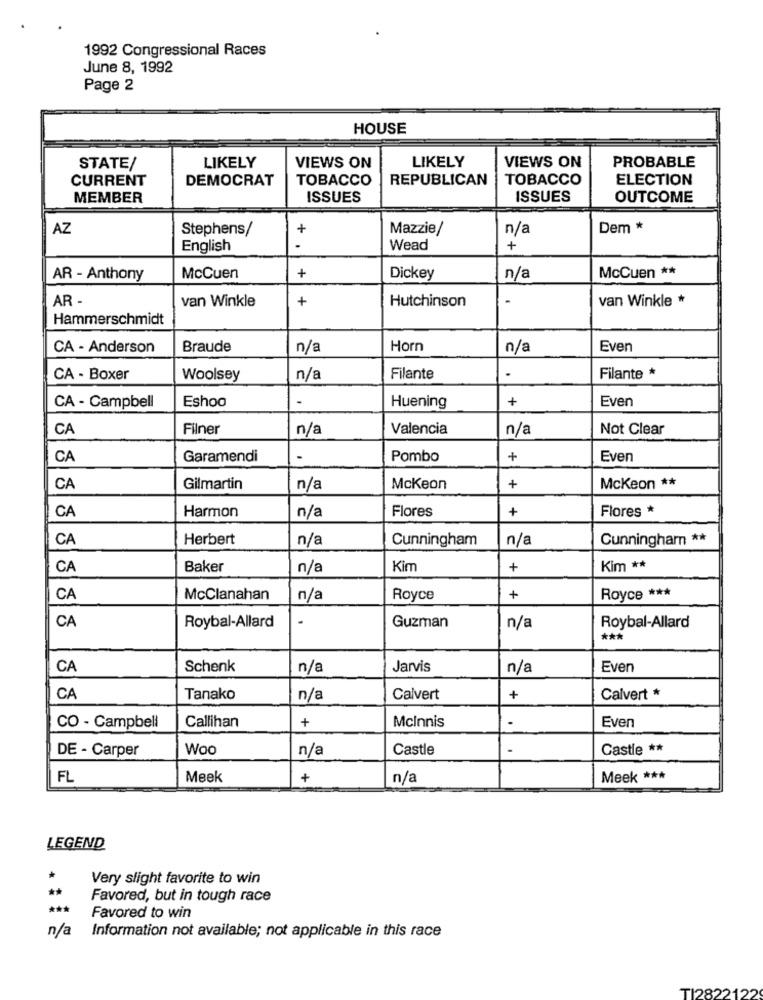
1992 Congressional Races
June 8, 1992
Page 2
HOUSE
LIKELY
PROBABLE
STATE/
LIKELY
VIEWS ON
VIEWS ON
CURRENT
DEMOCRAT
TOBACCO
REPUBLICAN
TOBACCO
ELECTION
MEMBER
ISSUES
ISSUES
OUTCOME
AZ
Stephens/
+
Mazzie/
n/a
Dem *
English
-
Wead
+
AR - Anthony
McCuen
+
Dickey
n/a
McCuen **
AR -
van Winkle
+
Hutchinson
van Winkle *
Hammerschmidt
CA - Anderson
Braude
n/a
Horn
n/a
Even
.
CA - Boxer
Woolsey
n/a
Filante
Filante *
Eshoo
+
Even
CA - Campbell
Huening
CA
Filner
n/a
Valencia
n/a
Not Clear
CA
Garamendi
Pombo
+
Even
CA
Gilmartin
n/a
Mckeon
+
Mckeon **
CA
Harmon
n/a
Flores
+
Flores *
CA
Herbert
n/a
Cunningham
n/a
Cunningham **
CA
Baker
n/a
Kim
+
Kim **
CA
McClanahan
n/a
Royce
+
Royce ***
CA
Roybal-Allard
.
Guzman
n/a
Roybal-Allard
***
CA
Schenk
n/a
Jarvis
n/a
Even
CA
Tanako
n/a
Calvert
+
Calvert *
+
McInnis
Even
CO - Campbell
Callihan
DE - Carper
Woo
n/a
Castle
Castle **
FL
Meek
+
n/a
Meek ***
LEGEND
Very slight favorite to win
**
Favored, but in tough race
***
Favored to win
n/a
Information not available; not applicable in this race
TI2822122